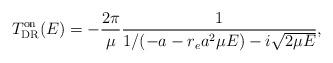
LaTeX: \begin{align*}T^{\rm on}_{\rm DR}(E)=-\frac{2 \pi}{\mu}\frac{1}{1/(-a - r_e a^2 \mu E) - i \sqrt{2 \mu E}},\end{align*}